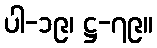
ပါ-၁၉၊ ဋ္ဌ-၇၉။